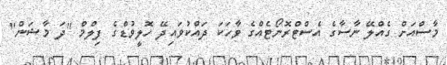
މާސްއަށް ގެއްލޭ ނާސާގެ އެސްޓްރޮނޯޓެއްގެ ވާހަކަ ދައްކުވައިދޭ ހޮލީވުޑްގެ ފިލްމް "ދަ މާޝަން"